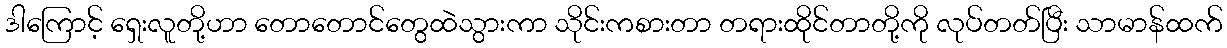
ဒါကြောင့် ရှေးလူတို့ဟာ တောတောင်တွေထဲသွားကာ သိုင်းကစားတာ တရားထိုင်တာတို့ကို လုပ်တတ်ပြီး သာမာန်ထက်